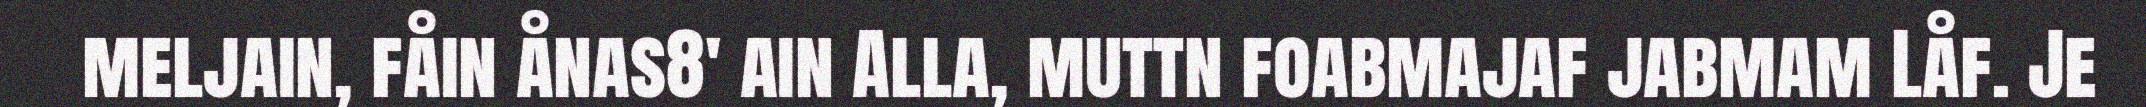
meljain, fåin ånas8' ain Alla, muttn foabmajaf jabmam Låf. Je